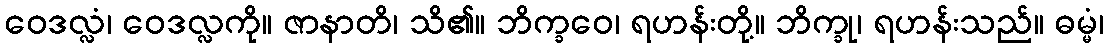
ဝေဒလ္လံ၊ ဝေဒလ္လကို။ ဇာနာတိ၊ သိ၏။ ဘိက္ခဝေ၊ ရဟန်းတို့။ ဘိက္ခု၊ ရဟန်းသည်။ ဓမ္မံ၊